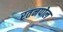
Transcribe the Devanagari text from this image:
रतनपोल